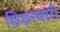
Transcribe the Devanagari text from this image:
छिछरबारी